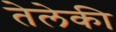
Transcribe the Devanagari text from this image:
तेलेकी